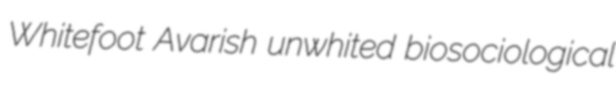
Whitefoot Avarish unwhited biosociological